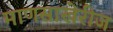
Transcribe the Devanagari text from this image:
माणसाखेरीज